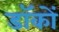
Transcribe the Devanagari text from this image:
डॉकों